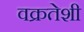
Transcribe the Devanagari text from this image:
वक्रतेशी